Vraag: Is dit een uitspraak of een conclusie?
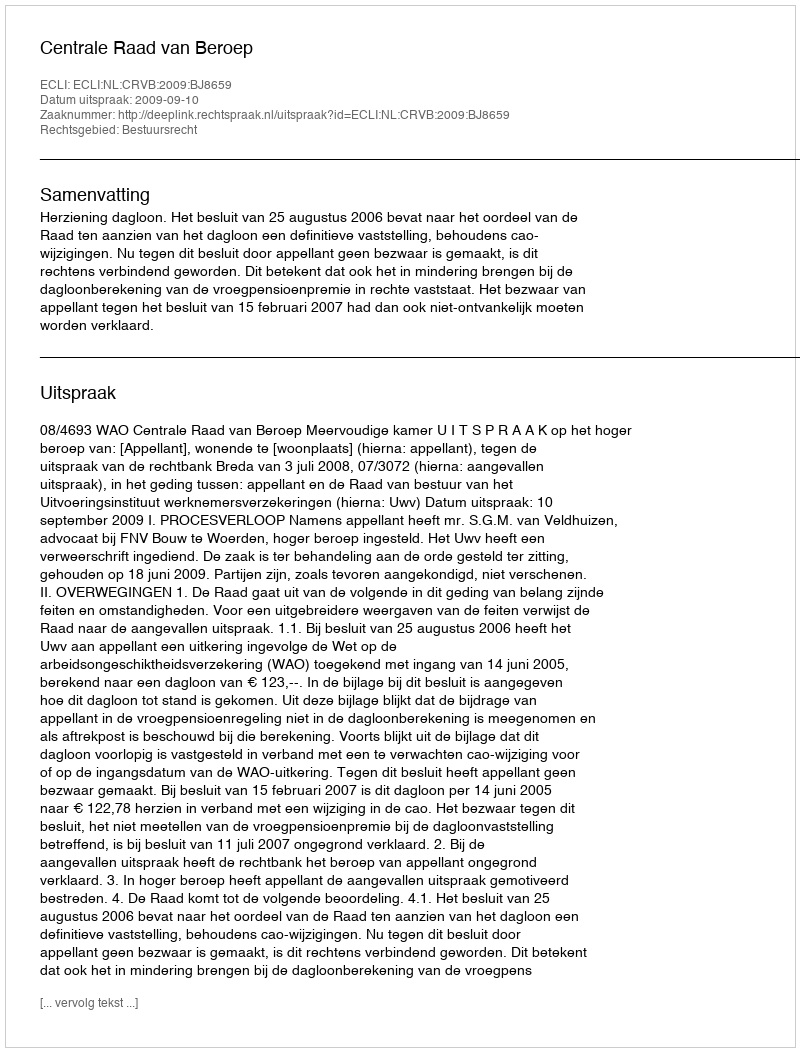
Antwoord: Uitspraak